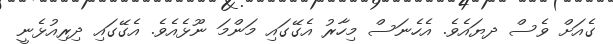
ގެއަށް ވެސް ދޔައެވެ. އެހެނަސް މިހާރު އެގޭގައި މަންމަ ނޫޅެއެވެ. އެގޭގައި ދިރިއުޅެނީ